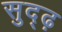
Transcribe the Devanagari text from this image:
सुद्ढ़